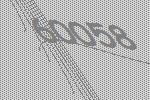
60058